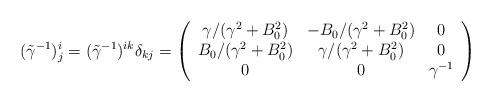
LaTeX: \begin{align*}(\tilde \gamma^{-1})^i_j=(\tilde\gamma^{-1})^{ik}\delta_{kj}=\left( \begin{array}{ccc}\gamma/(\gamma^2+B_0^2)&-B_0/(\gamma^2+B_0^2)&0 \\B_0/(\gamma^2+B_0^2)& \gamma/(\gamma^2+B_0^2)&0\\0&0&\gamma^{-1} \end{array} \right)\end{align*}